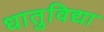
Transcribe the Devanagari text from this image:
धातुविद्या